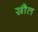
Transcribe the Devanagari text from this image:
स्रौत